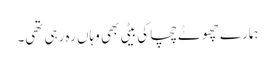
ہمارے چھوٹے چچا کی بیٹی بھی وہاں رہ رہی تھی۔